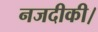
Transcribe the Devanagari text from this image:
नजदीकी।